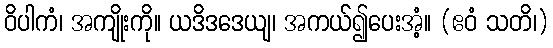
ဝိပါကံ၊ အကျိုးကို။ ယဒိဒဒေယျ၊ အကယ်၍ပေးအံ့။ (ဧဝံ သတိ၊)